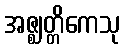
အဇ္ဈတ္တိကေသု